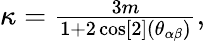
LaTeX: \begin{array}{r}{\kappa=\frac{3m}{1+2\cos[2](\theta_{\alpha\beta})},}\end{array}